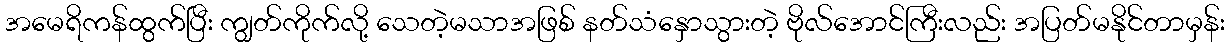
အမေရိကန်ထွက်ပြီး ကျွတ်ကိုက်လို့ သေတဲ့မသာအဖြစ် နတ်သံနှောသွားတဲ့ ဗိုလ်အောင်ကြီးလည်း အပြတ်မနိုင်တာမှန်း